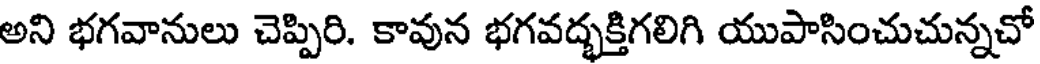
అని భగవానులు చెప్పిరి. కావున భగవద్భక్తిగలిగి యుపాసించుచున్నచో